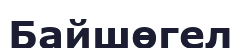
Байшөгел